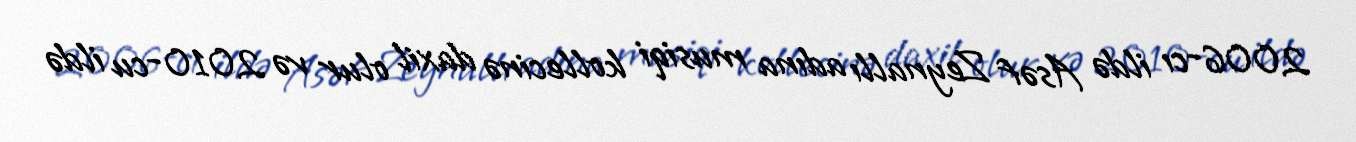
2006-cı ildə Asəf Zeynallı adına musiqi kollecinə daxil olur və 2010-cu ildə